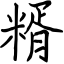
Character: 糈